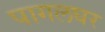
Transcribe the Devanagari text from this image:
पागलघर